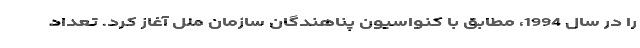
را در سال 1994، مطابق با کنواسیون پناهندگان سازمان ملل آغاز کرد. تعداد